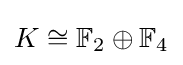
K\cong \mathbb {F} _{2}\oplus \mathbb {F} _{4}